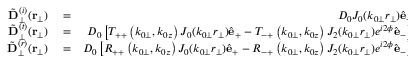
\begin{array} { r l r } { { \tilde { \bf D } } _ { \perp } ^ { ( i ) } ( { \bf r } _ { \perp } ) } & { { } = } & { D _ { 0 } J _ { 0 } ( k _ { 0 \perp } r _ { \perp } ) \hat { \bf e } _ { + } , } \\ { { \tilde { \bf D } } _ { \perp } ^ { ( t ) } ( { \bf r } _ { \perp } ) } & { { } = } & { D _ { 0 } \left[ T _ { + + } \left( k _ { 0 \perp } , k _ { 0 z } \right) J _ { 0 } ( k _ { 0 \perp } r _ { \perp } ) \hat { \bf e } _ { + } - T _ { - + } \left( k _ { 0 \perp } , k _ { 0 z } \right) J _ { 2 } ( k _ { 0 \perp } r _ { \perp } ) e ^ { i 2 \phi } \hat { \bf e } _ { - } \right] , } \\ { { \tilde { \bf D } } _ { \perp } ^ { ( r ) } ( { \bf r } _ { \perp } ) } & { { } = } & { D _ { 0 } \left[ R _ { + + } \left( k _ { 0 \perp } , k _ { 0 z } \right) J _ { 0 } ( k _ { 0 \perp } r _ { \perp } ) \hat { \bf e } _ { + } - R _ { - + } \left( k _ { 0 \perp } , k _ { 0 z } \right) J _ { 2 } ( k _ { 0 \perp } r _ { \perp } ) e ^ { i 2 \phi } \hat { \bf e } _ { - } \right] , } \end{array}